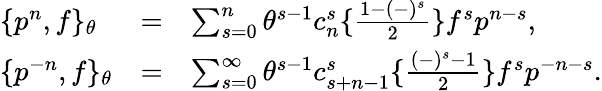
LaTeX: \begin{array}{lcl}{{\{ p^{n},f\} _{\theta}}}&{{=}}&{{\sum_{s=0}^{n}\theta^{s-1}c_{n}^{s}\{ \frac{1-(-)^{s}}{2}\} f^{s}p^{n-s},}}\\ {{\{ p^{-n},f\} _{\theta}}}&{{=}}&{{\sum_{s=0}^{\infty}\theta^{s-1}c_{s+n-1}^{s}\{ \frac{(-)^{s}-1}{2}\} f^{s}p^{-n-s}.}}\end{array}